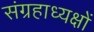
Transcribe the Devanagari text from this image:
संग्रहाध्यक्षों